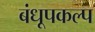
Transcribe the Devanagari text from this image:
बंधूपकल्प